Vaccination in Burma 1920-1933 - 1920-1933
Year: 1920
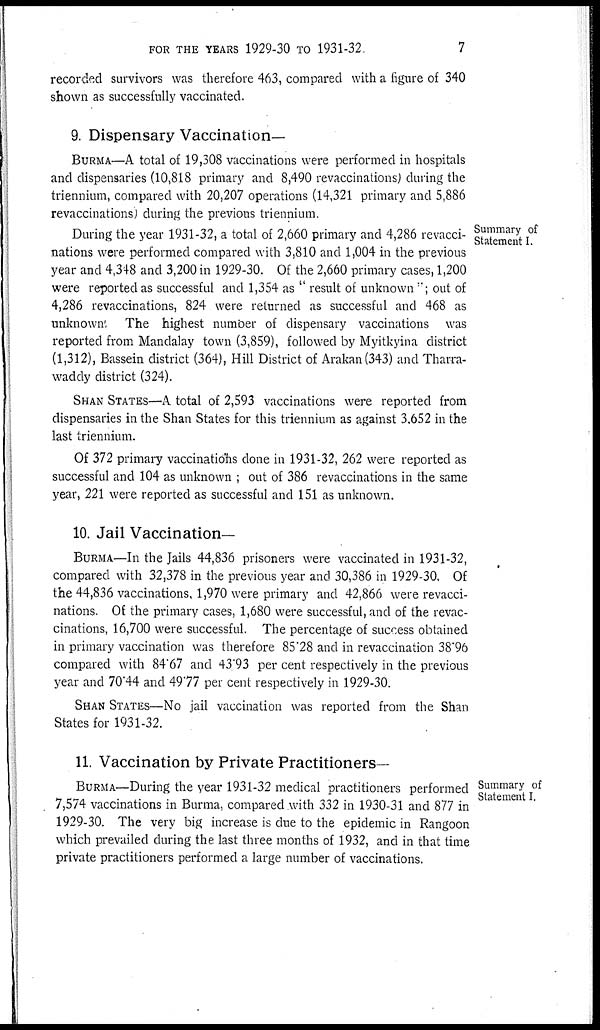
FOR THE YEARS 1929-30 TO 1931-32
7
recorded survivors was therefore 463, compared with a figure of 340
shown as successfully vaccinated.
9. Dispensary Vaccination—
BURMA—A total of 19,308 vaccinations were performed in hospitals
and dispensaries (10,818 primary and 8,490 revaccinations) during the
triennium, compared with 20,207 operations (14,321 primary and 5,886
revaccinations) during the previous triennium.
Summary of
Statement I.
During the year 1931-32, a total of 2,660 primary and 4,286 revacci-
nations were performed compared with 3,810 and 1,004 in the previous
year and 4,348 and 3,200 in 1929-30. Of the 2,660 primary cases, 1,200
were reported as successful and 1,354 as " result of unknown"; out of
4,286 revaccinations, 824 were returned as successful and 468 as
unknown. The highest number of dispensary vaccinations was
reported from Mandalay town (3,859), followed by Myitkyina district
(1,312), Bassein district (364), Hill District of Arakan(343) and Tharra-
waddy district (324).
SHAN STATES—A total of 2,593 vaccinations were reported from
dispensaries in the Shan States for this triennium as against 3,652 in the
last triennium.
Of 372 primary vaccinations done in 1931-32, 262 were reported as
successful and 104 as unknown ; out of 386 revaccinations in the same
year, 221 were reported as successful and 151 as unknown.
10. Jail Vaccination—
BURMA—In the Jails 44,836 prisoners were vaccinated in 1931-32,
compared with 32,378 in the previous year and 30,386 in 1929-30. Of
the 44,836 vaccinations, 1,970 were primary and 42,866 were revacci-
nations. Of the primary cases, 1,680 were successful, and of the revac-
cinations, 16,700 were successful. The percentage of success obtained
in primary vaccination was therefore 85.28 and in revaccination 38.96
compared with 84.67 and 43.93 per cent respectively in the previous
year and 70.44 and 49.77 per cent respectively in 1929-30.
SHAN STATES—No jail vaccination was reported from the Shan
States for 1931-32.
Summary of
Statement I.
11. Vaccination by Private Practitioners—
BURMA—During the year 1931-32 medical practitioners performed
7,574 vaccinations in Burma, compared with 332 in 1930-31 and 877 in
1929-30. The very big increase is due to the epidemic in Rangoon
which prevailed during the last three months of 1932, and in that time
private practitioners performed a large number of vaccinations.